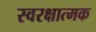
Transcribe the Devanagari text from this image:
स्वरक्षात्मक